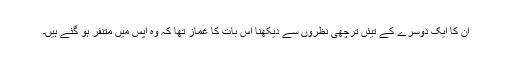
ان کا ایک دوسرے کے تیئں ترچھی نظروں سے دیکھنا اس بات کا غماز تھا کہ وہ آپس میں مُتنفر ہو گئے ہیں۔